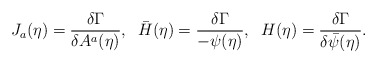
\begin{align*}J_{a}(\eta) = \frac{\delta \Gamma}{\delta A^{a}(\eta)} , \; \; \bar{H}(\eta) = \frac{\delta \Gamma}{-\psi(\eta)} , \; \; H(\eta) = \frac{\delta \Gamma}{\delta \bar{\psi}(\eta)} .\end{align*}